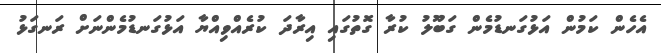
އެހެން ކަމުން އަޅުގަނޑުމެން ގަބޫލު ކުރާ ގޮތުގައި އިރާދަ ކުރެއްވިއްޔާ އަޅުގަނޑުމެންނަށް ރަނގަޅު